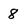
Character: 8